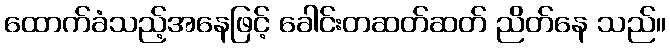
ထောက်ခံသည့်အနေဖြင့် ခေါင်းတဆတ်ဆတ် ညိတ်နေ သည်။